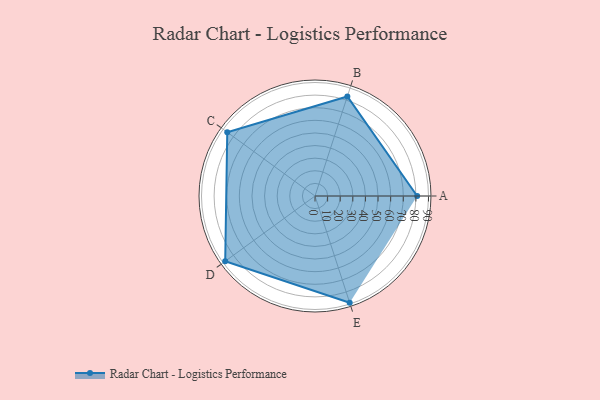
{"axis": {"x": "Skill", "y": "Score"}, "legend": ["Profile"], "data": [{"x": "A", "y": 81.0, "type": "Profile"}, {"x": "B", "y": 83.0, "type": "Profile"}, {"x": "C", "y": 86.0, "type": "Profile"}, {"x": "D", "y": 88.0, "type": "Profile"}, {"x": "E", "y": 89.0, "type": "Profile"}]}